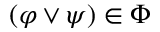
( \varphi \lor \psi ) \in \Phi